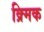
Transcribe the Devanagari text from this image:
क्र्मिक